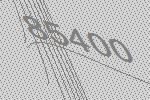
85400